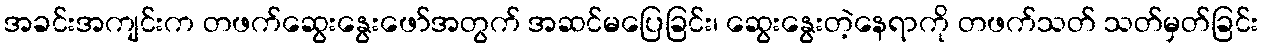
အခင်းအကျင်းက တဖက်ဆွေးနွေးဖော်အတွက် အဆင်မပြေခြင်း၊ ဆွေးနွေးတဲ့နေရာကို တဖက်သတ် သတ်မှတ်ခြင်း